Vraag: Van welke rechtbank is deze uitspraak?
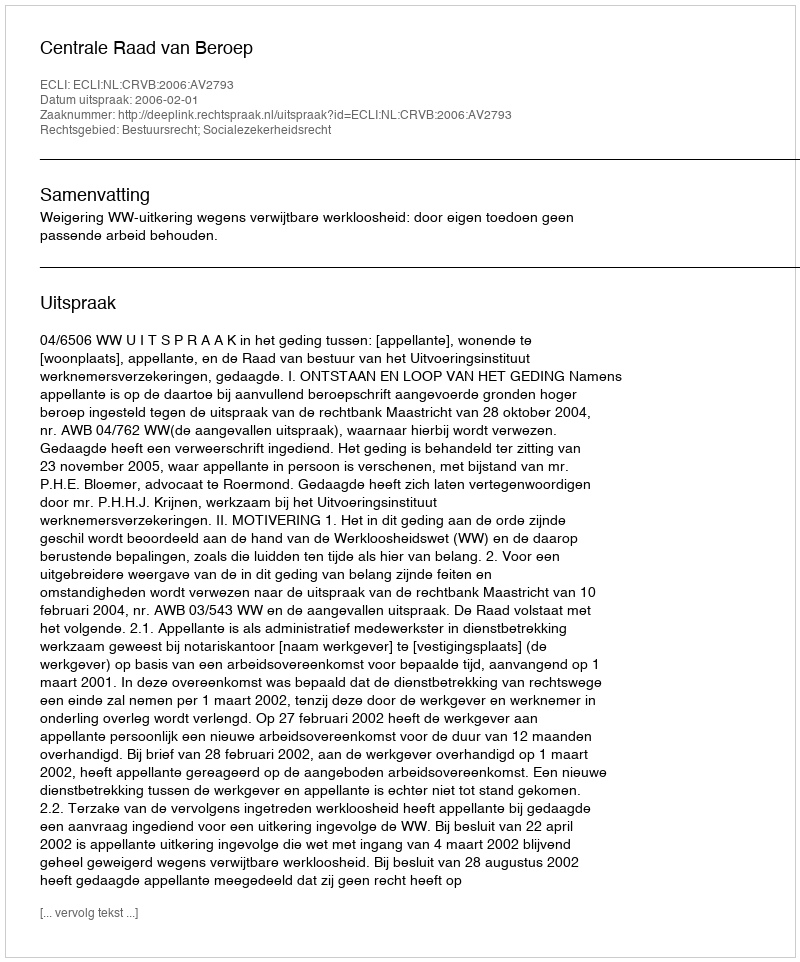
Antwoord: Centrale Raad van Beroep